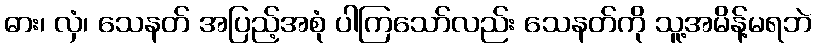
ဓား၊ လှံ၊ သေနတ် အပြည့်အစုံ ပါကြသော်လည်း သေနတ်ကို သူ့အမိန့်မရဘဲ